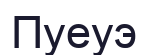
Пуеуэ